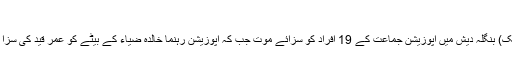
فوٹو : فائل
ڈھاکا(ویب ڈیسک) بنگلہ دیش میں اپوزیشن جماعت کے 19 افراد کو سزائے موت جب کہ اپوزیشن رہنما خالدہ ضیاء کے بیٹے کو عمر قید کی سزا سنائی گئی ہے۔